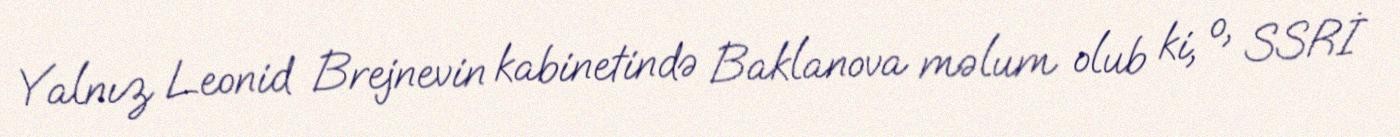
Yalnız Leonid Brejnevin kabinetində Baklanova məlum olub ki, o, SSRİ